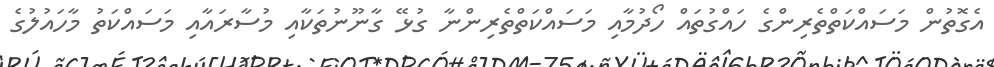
އެގޮތުން މަސައްކަތްތެރިންގެ ހައްގުތައް ހޯދުމާއި މަސައްކަތްތެރިންނާ ގުޅޭ ގާނޫނުތަކާއި މުސާރައާއި މަސައްކަތު މާހައުލުގެ